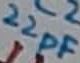
Text: 22pF